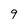
Character: 9